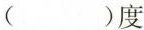
( )度